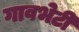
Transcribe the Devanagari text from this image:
गावभेटी